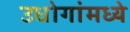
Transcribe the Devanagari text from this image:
उधोगांमध्ये